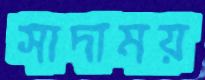
সাদাময়